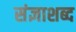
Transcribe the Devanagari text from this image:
संज्ञाशब्द